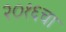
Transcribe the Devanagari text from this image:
२०१६चा